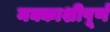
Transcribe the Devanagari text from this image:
नक्काशीपूर्ण